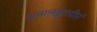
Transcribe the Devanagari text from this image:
नानालङ्कारदीप्तं